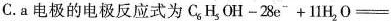
C.a电极的电极反应式为$$C_{6}H_{5}OH-28e^{-}+11H_{2}O=$$